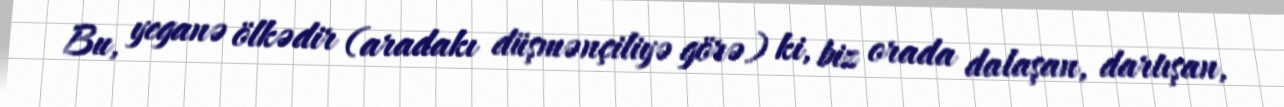
Bu, yeganə ölkədir (aradakı düşmənçiliyə görə) ki, biz orada dalaşan, dartışan,